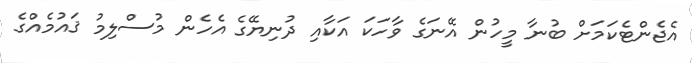
އެޖެންޓެކަމަށް ބުނާ މީހުން އޭނަގެ ވާހަކަ އަކާއި ދުނިޔޭގެ އެހެން މުސްލިމު ޤައުމެއްގެ